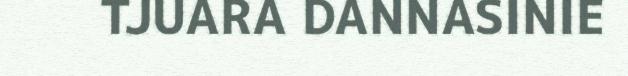
TJUARA DANNASINIE